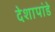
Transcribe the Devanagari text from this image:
देशापांडे